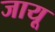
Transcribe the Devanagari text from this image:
जायू